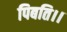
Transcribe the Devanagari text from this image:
पिबति।।